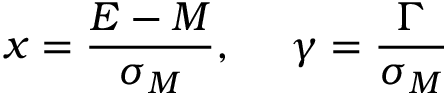
x = \frac { E - M } { \sigma _ { M } } , ~ ~ ~ ~ \gamma = \frac { \Gamma } { \sigma _ { M } }